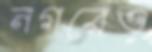
নগরেও